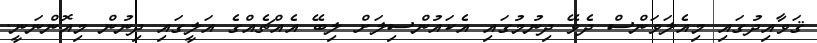
ޤަވާއިދުގައި މިއެލަވަންސް ދެވޭ ދިނުމުގައި އެކައުންސިލަށް ލިބޭ އެއްޗެއްގެ އަލީގައި ދިނުން މިއޮންނަނީ.